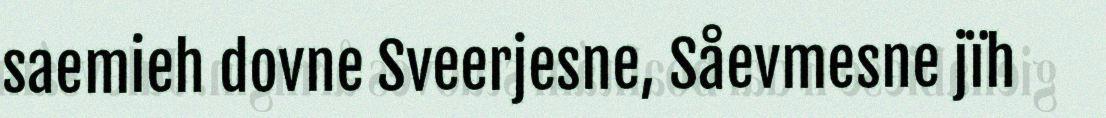
saemieh dovne Sveerjesne, Såevmesne jïh